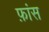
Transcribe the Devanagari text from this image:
फ़ांस